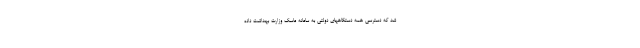
شد که دسترسی همه دستگاههای دولتی به سامانه ماسک وزارت بهداشت داده